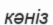
кәніз